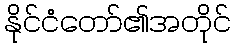
နိုင်ငံတော်၏အတိုင်